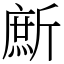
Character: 㫂